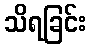
သိရခြင်း